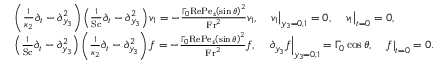
\begin{array} { r l } & { \left( \frac { 1 } { \kappa _ { 2 } } \partial _ { t } - \partial _ { y _ { 3 } } ^ { 2 } \right) \left( \frac { 1 } { \mathrm { S c } } \partial _ { t } - \partial _ { y _ { 3 } } ^ { 2 } \right) v _ { 1 } = - \frac { \Gamma _ { 0 } \mathrm { R e } \mathrm { P e } _ { s } \left( \sin \theta \right) ^ { 2 } } { \mathrm { F r } ^ { 2 } } v _ { 1 } , \quad \left. v _ { 1 } \right| _ { y _ { 3 } = 0 , 1 } = 0 , \quad \left. v _ { 1 } \right| _ { t = 0 } = 0 , } \\ & { \left( \frac { 1 } { \mathrm { S c } } \partial _ { t } - \partial _ { y _ { 3 } } ^ { 2 } \right) \left( \frac { 1 } { \kappa _ { 2 } } \partial _ { t } - \partial _ { y _ { 3 } } ^ { 2 } \right) f = - \frac { \Gamma _ { 0 } \mathrm { R e } \mathrm { P e } _ { s } \left( \sin \theta \right) ^ { 2 } } { \mathrm { F r } ^ { 2 } } f , \quad \left. \partial _ { y _ { 3 } } f \right| _ { y _ { 3 } = 0 , 1 } = \Gamma _ { 0 } \cos \theta , \quad \left. f \right| _ { t = 0 } = 0 . } \end{array}